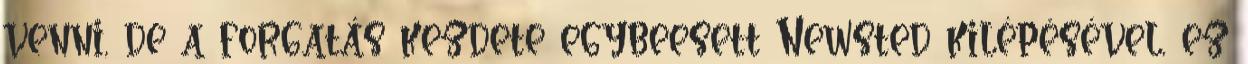
venni, de a forgatás kezdete egybeesett Newsted kilépésével, ez